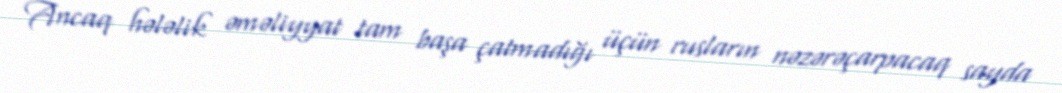
Ancaq hələlik əməliyyat tam başa çatmadığı üçün rusların nəzərəçarpacaq sayda